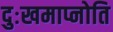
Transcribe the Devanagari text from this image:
दुःखमाप्नोति